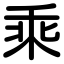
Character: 乘